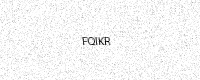
Text: FQIKR